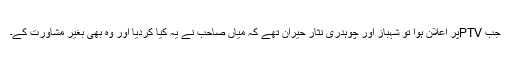
جب PTVپر اعلان ہوا تو شہباز اور چوہدری نثار حیران تھے کہ میاں صاحب نے یہ کیا کردیا اور وہ بھی بغیر مشاورت کے۔